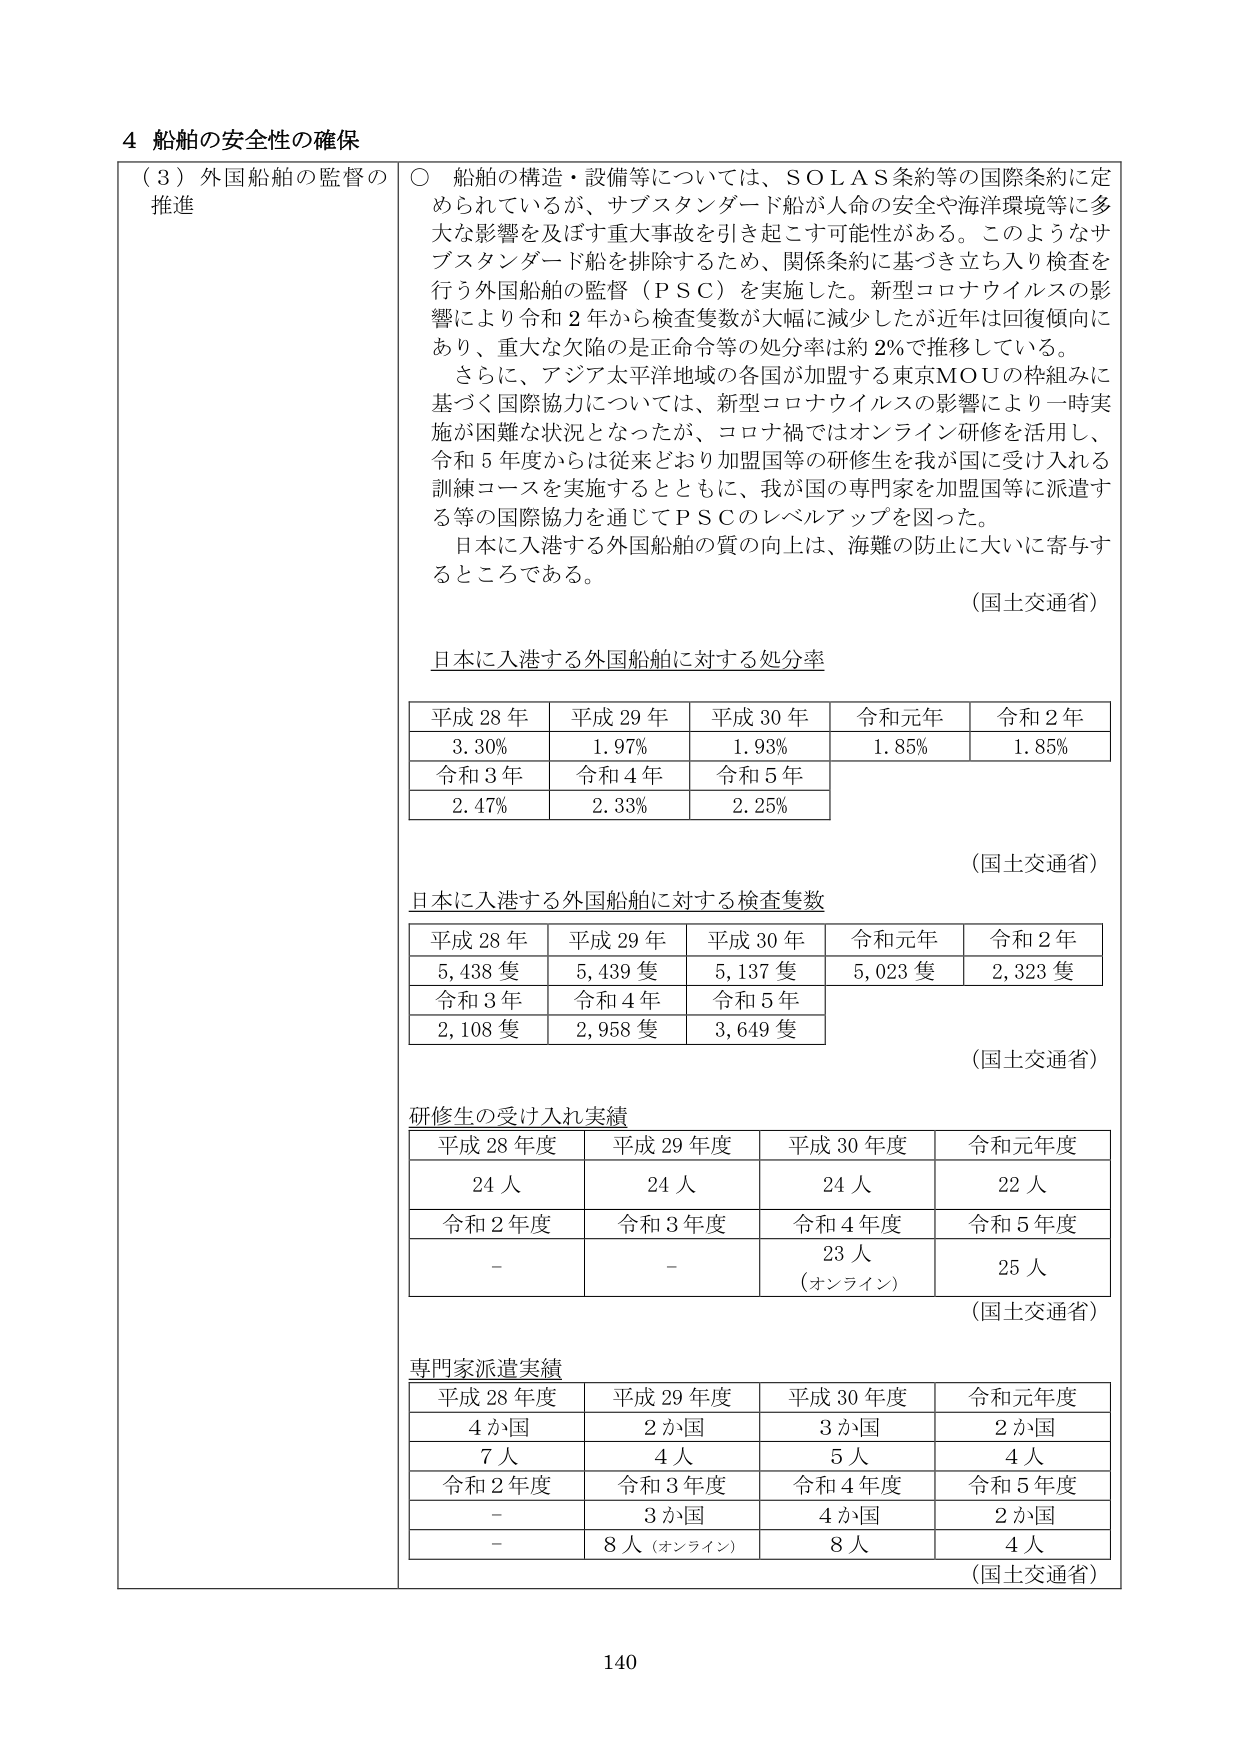
4 船舶の安全性の確保

（３）外国船舶の監督の推進

○ 船舶の構造・設備等については、SOLAS条約等の国際条約に定められているが、サブスタンダード船が人命の安全や海洋環境等に多大な影響を及ぼす重大事故を引き起こす可能性がある。このようなサブスタンダード船を排除するため、関係条約に基づき立ち入り検査を行う外国船舶の監督（PSC）を実施した。新型コロナウイルスの影響により令和２年から検査隻数が大幅に減少したが近年は回復傾向にあり、重大な欠陥の是正命令等の処分率は約2%で推移している。

さらに、アジア太平洋地域の各国が加盟する東京MOUの枠組みに基づく国際協力については、新型コロナウイルスの影響により一時実施が困難な状況となったが、コロナ禍ではオンライン研修を活用し、令和５年度からは従来どおり加盟国等の研修生を我が国に受け入れる訓練コースを実施するとともに、我が国の専門家を加盟国等に派遣する等の国際協力を通じてPSCのレベルアップを図った。

日本に入港する外国船舶の質の向上は、海難の防止に大いに寄与するところである。

（国土交通省）

日本に入港する外国船舶に対する処分率

平成28年　平成29年　平成30年　令和元年　令和2年
3.30%　　1.97%　　1.93%　　1.85%　　1.85%
令和3年　令和4年　令和5年
2.47%　　2.33%　　2.25%

（国土交通省）

日本に入港する外国船舶に対する検査隻数

平成28年　平成29年　平成30年　令和元年　令和2年
5,438隻　5,439隻　5,137隻　5,023隻　2,323隻
令和3年　令和4年　令和5年
2,108隻　2,958隻　3,649隻

（国土交通省）

研修生の受け入れ実績

平成28年度　平成29年度　平成30年度　令和元年度
24人　　　24人　　　24人　　　22人
令和2年度　令和3年度　令和4年度　令和5年度
-　　　　-　　　　23人　　　25人
　　　　　　　　　（オンライン）

（国土交通省）

専門家派遣実績

平成28年度　平成29年度　平成30年度　令和元年度
4か国　　　2か国　　　3か国　　　2か国
7人　　　　4人　　　　5人　　　　4人
令和2年度　令和3年度　令和4年度　令和5年度
-　　　　3か国　　　4か国　　　2か国
-　　　　8人（オンライン）　8人　　　4人

（国土交通省）

140